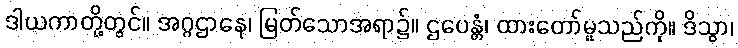
ဒါယကာတို့တွင်။ အဂ္ဂဌာနေ၊ မြတ်သောအရာ၌။ ဌပေန္တံ၊ ထားတော်မူသည်ကို။ ဒိသွာ၊